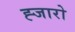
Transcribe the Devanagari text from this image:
ह्जारो